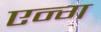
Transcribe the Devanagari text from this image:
एन्ग